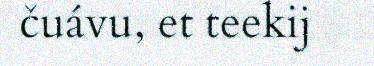
čuávu, et teekij